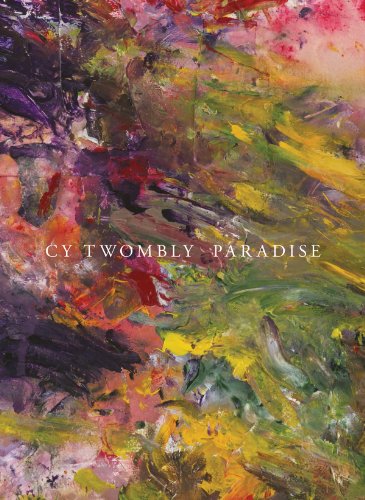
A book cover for Cy Twombly: Paradise; Arts & Photography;